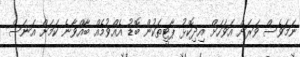
ނަމަވެސް ވަރަށް އަވަހަށް އިދިކޮޅު ޕާޓީތަކުން ބޮޑު އެއްވުމެއް ބާއްވާނެ ކަމަށް އަނަސް